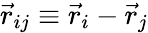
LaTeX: \vec{r}_{ij}\equiv\vec{r}_{i}-\vec{r}_{j}